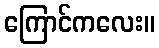
ကြောင်ကလေး။